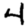
Digit: 4